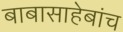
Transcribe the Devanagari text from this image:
बाबासाहेबांच